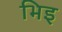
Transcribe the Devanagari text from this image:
भिइ